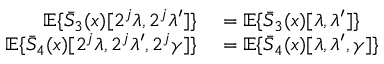
\begin{array} { r l } { { \mathbb E } \{ \bar { S } _ { 3 } ( x ) [ 2 ^ { j } \lambda , 2 ^ { j } \lambda ^ { \prime } ] \} } & { { } = { \mathbb E } \{ \bar { S } _ { 3 } ( x ) [ \lambda , \lambda ^ { \prime } ] \} } \\ { { \mathbb E } \{ \bar { S } _ { 4 } ( x ) [ 2 ^ { j } \lambda , 2 ^ { j } \lambda ^ { \prime } , 2 ^ { j } \gamma ] \} } & { { } = { \mathbb E } \{ \bar { S } _ { 4 } ( x ) [ \lambda , \lambda ^ { \prime } , \gamma ] \} } \end{array}